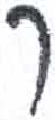
אות: ך